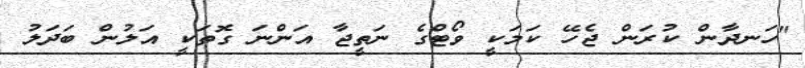
"ހަނދާން ކުރަން ޖެހޭ ކަމަކީ ވޯޓްގެ ނަތީޖާ އަންނަ ގޮތަކީ އަލުން ބަދަލު